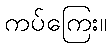
ကပ်ကြေး။